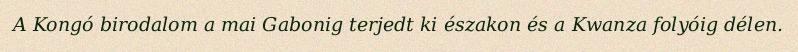
A Kongó birodalom a mai Gabonig terjedt ki északon és a Kwanza folyóig délen.